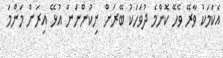
އެކަމަކު ވާރޭ ވެހޭ ކޮންމެ ދުވަހަކު ބޭރަށް ނިކުންނަން އުޅޭ އިރަށް މަންމަ